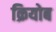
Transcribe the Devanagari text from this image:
क्रियोब